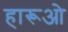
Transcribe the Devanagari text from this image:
हारूओ